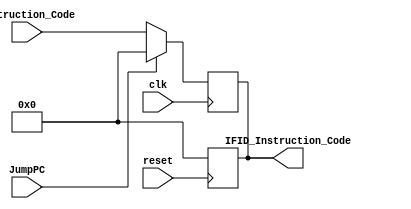
`timescale 1ns / 1ps

module IFID(
    input clk,
    input reset,
    input [31:0] Instruction_Code,
    input JumpPC,
    output reg [31:0] IFID_Instruction_Code
    );
    
always @ (posedge clk) begin
    if (JumpPC == 1)
        IFID_Instruction_Code = 0;
    else
        IFID_Instruction_Code = Instruction_Code;
end

always @ (negedge reset) begin
    IFID_Instruction_Code = 0;
end
    
endmodule